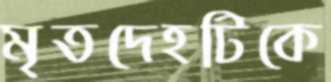
মৃতদেহটিকে